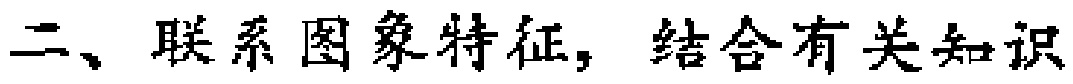
二、联系图象特征，结合有关知识